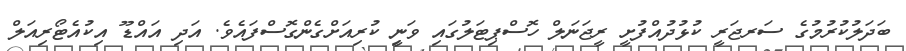
ބަދަލުކުރުމުގެ ސަރޖަރީ ކުޅުދުއްފުށީ ރީޖަނަލް ހޮސްޕިޓަލުގައި ވަނިީ ކުރިއަށްގެންގޮސްފައެވެ. އަދި އައްޑޫ އިކުއެޓޯރިއަލް